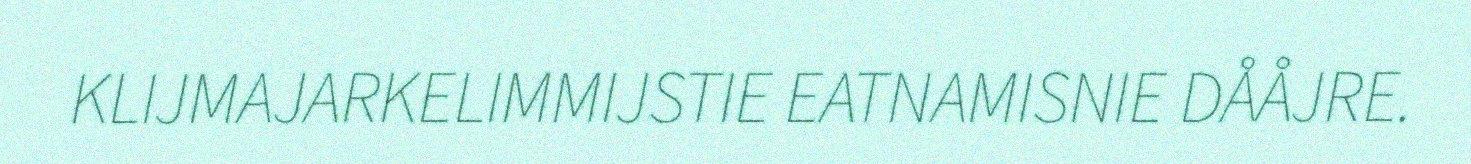
KLIJMAJARKELIMMIJSTIE EATNAMISNIE DÅÅJRE.